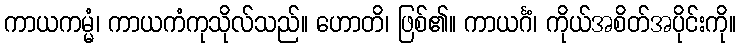
ကာယကမ္မံ၊ ကာယကံကုသိုလ်သည်။ ဟောတိ၊ ဖြစ်၏။ ကာယင်္ဂံ၊ ကိုယ်အစိတ်အပိုင်းကို။